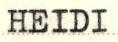
HEIDI